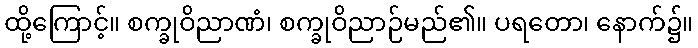
ထို့ကြောင့်။ စက္ခုဝိညာဏံ၊ စက္ခုဝိညာဉ်မည်၏။ ပရတော၊ နောက်၌။